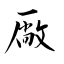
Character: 厰